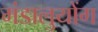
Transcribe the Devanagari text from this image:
मंडालुयोंग